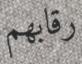
رقابھم